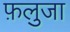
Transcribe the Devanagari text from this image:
फ़लुजा